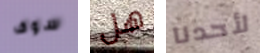
سوف هل لأحدنا